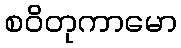
စဝိတုကာမော